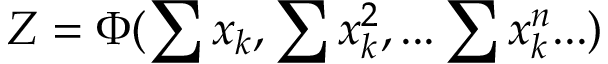
Z = \Phi ( \sum x _ { k } , \sum x _ { k } ^ { 2 } , . . . \sum x _ { k } ^ { n } . . . )